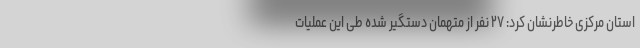
استان مرکزی خاطرنشان کرد: ۲۷ نفر از متهمان دستگیر شده طی این عملیات